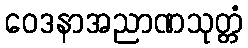
ဝေဒနာအညာဏသုတ္တံ